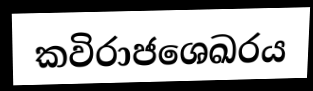
කවිරාජශෙඛරය